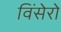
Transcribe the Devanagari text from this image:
विंसेरो